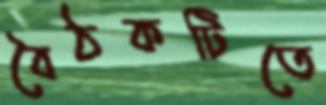
বৈঠকটিতে